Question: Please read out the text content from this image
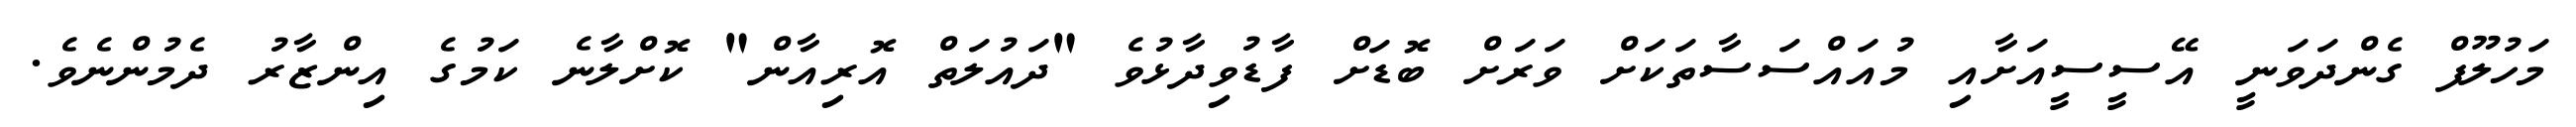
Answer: މަހުލޫފް ގެންދަވަނީ އޭސީސީއަށާއި މުއައްސަސާތަކަށް ވަރަށް ބޮޑަށް ފާޑުވިދާޅުވެ "ދައުލަތް އޮރިއާން" ކޮށްލާނެ ކަމުގެ އިންޒާރު ދެމުންނެވެ.